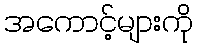
အကောင့်များကို